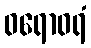
ဝရောဝရံ